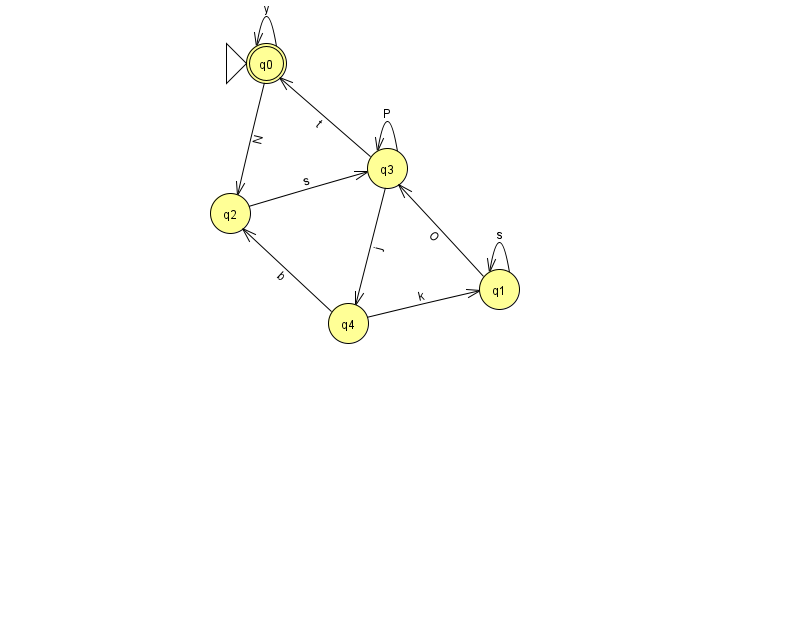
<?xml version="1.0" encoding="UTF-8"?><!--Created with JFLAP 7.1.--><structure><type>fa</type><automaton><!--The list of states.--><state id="0" name="q0"><x>266.0</x><y>50.0</y><initial/><final/></state><state id="1" name="q1"><x>499.0</x><y>276.0</y></state><state id="2" name="q2"><x>230.0</x><y>200.0</y></state><state id="3" name="q3"><x>387.0</x><y>155.0</y></state><state id="4" name="q4"><x>348.0</x><y>310.0</y></state><!--The list of transitions.--><transition><from>3</from><to>3</to><read>P</read></transition><transition><from>0</from><to>2</to><read>N</read></transition><transition><from>1</from><to>1</to><read>s</read></transition><transition><from>2</from><to>3</to><read>s</read></transition><transition><from>4</from><to>2</to><read>b</read></transition><transition><from>3</from><to>0</to><read>t</read></transition><transition><from>0</from><to>0</to><read>y</read></transition><transition><from>1</from><to>3</to><read>O</read></transition><transition><from>4</from><to>1</to><read>k</read></transition><transition><from>3</from><to>4</to><read>j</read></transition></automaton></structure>